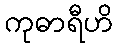
ကုဓာရီဟိ